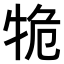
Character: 𤙙